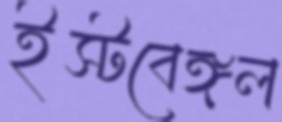
ইস্টবেঙ্গল